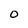
Character: 0